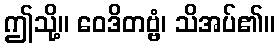
ဤသို့။ ဝေဒိတဗ္ဗံ၊ သိအပ်၏။